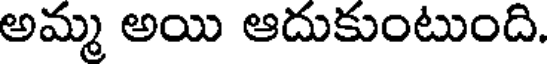
అమ్మ అయి ఆదుకుంటుంది.